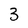
Character: 3